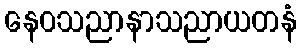
နေဝသညာနာသညာယတနံ